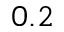
0 . 2